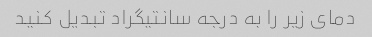
دمای زیر را به درجه سانتیگراد تبدیل کنید